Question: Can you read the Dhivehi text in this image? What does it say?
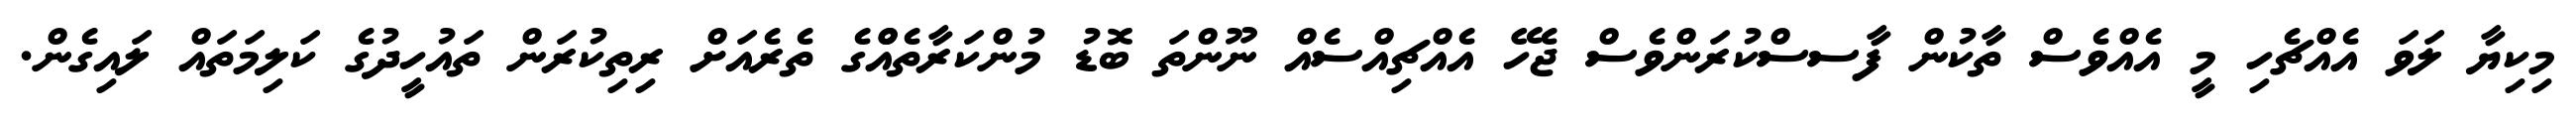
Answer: މިކިޔާ ލަވަ އެއްޗެހި މީ އެއްވެސް ތާކުން ފާސސްކުރަންވެސް ޖެހޭ އެއްޗިއްސެއް ނޫންތަ ބޮޑު މުންކަރާތެއްްގެ ތެރެއަށް ރިތިކުރަން ތައުހީދުގެ ކަލިމަތައް ލައިގެން.